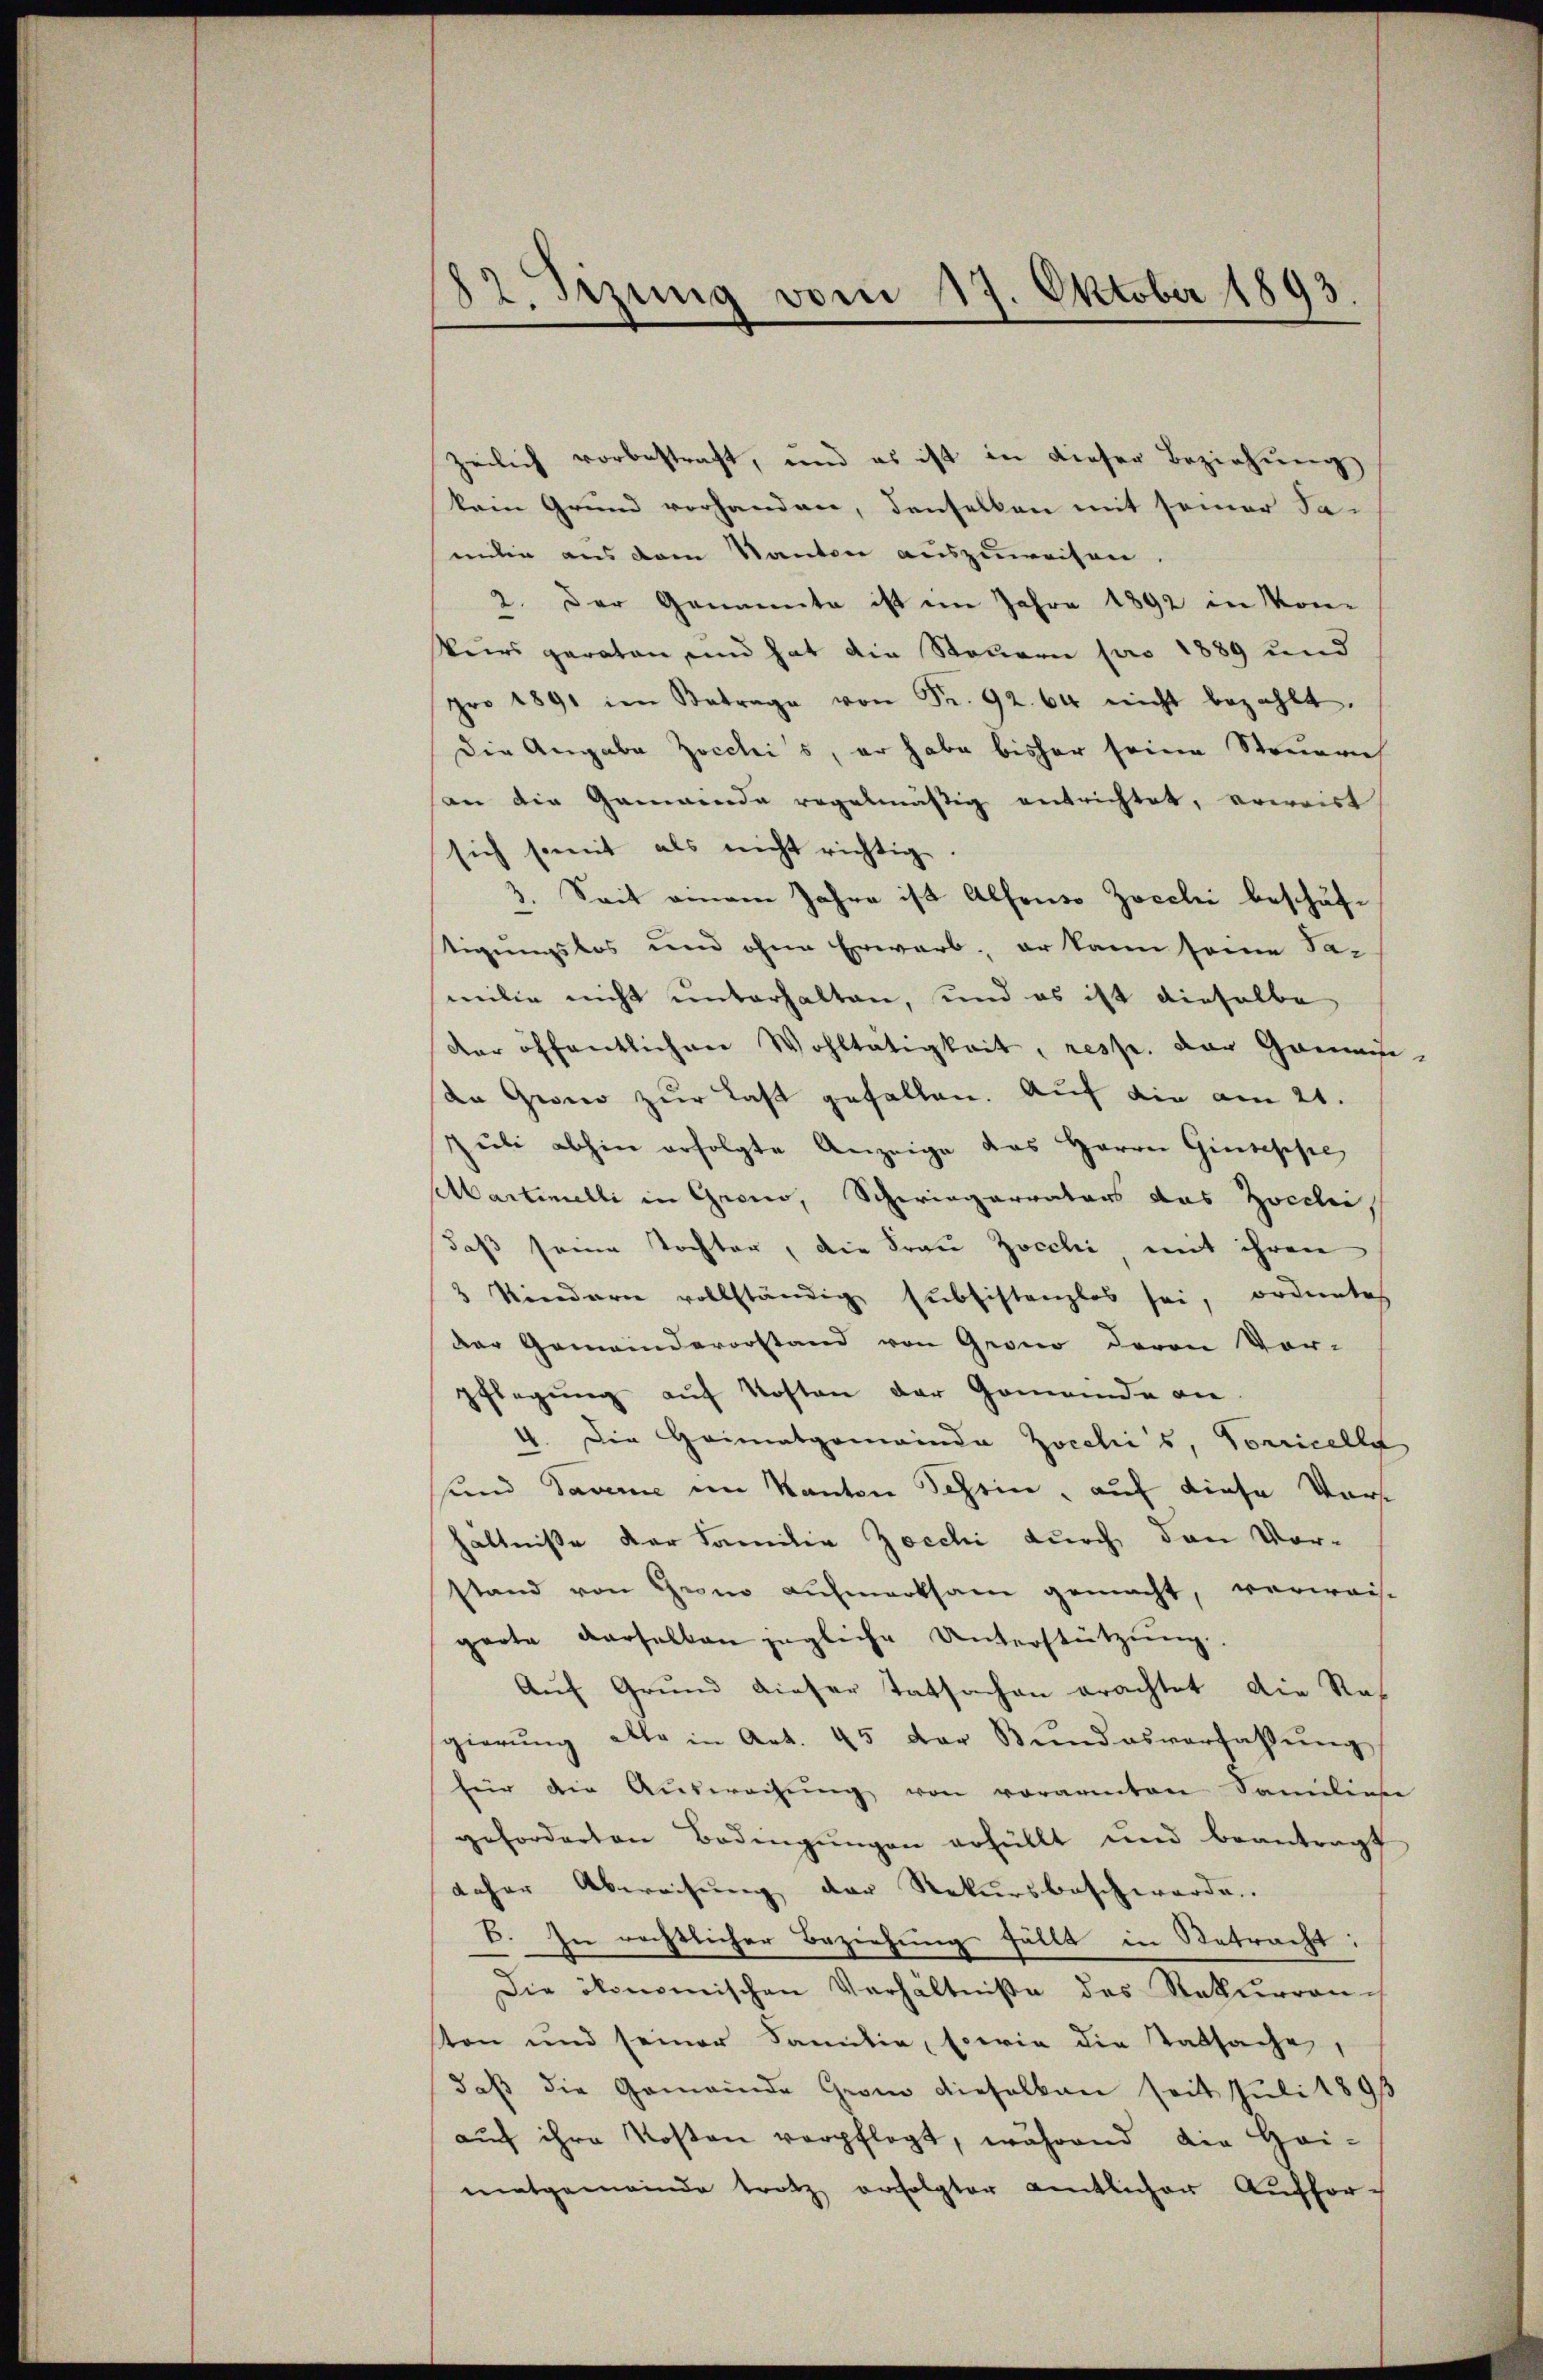
82. Sizung vom 17. Oktober 1893.

zeilich vorbestraft, und es ist in dieser Beziehung
kein Grund vorhanden, denselben mit seiner Fa-
milie aus dem Kanton auszuweisen.
2. Der Genannte ist im Jahre 1892 in Kon-
Vurs geraten und hat die Steuern pro 1889 und
pro 1891 im Betrage von Fr. 92. 64 nicht bezahlt.
Die Angaba Zocchis, er habe bisher seine Steuernh
an die Gemeinde regelmäßig entrichtet, verrirt
sich somit als nicht richtig.
3. Seit einem Jahre ist Alfonso Zoecli beschäftigungskos und ohne Erwarb, er kann seine Sa-
milie nicht unterhalten, und es ist dieselbe
der öffentlichen Wohltätigkeit, resse. Der Gamani-
dn Gwero zur Last gefallen. Auf die am 21.
pŭli abhin erfolgte Anzeige des Herren Giuseppe
Martimelli in Grono, Schwiegervators das Zocilii,
daß seine Tochter, die Frau Zocchi, mit ihren
3 Kindern vollständig subsistanzlos sei, ordnetes
der Gemeindevorstand von Grono deren Vor-
pflegung auf Kosten der Gemeinde die
4. Die Heimatgemeinde Zocchi’s, Vorricelle
sund davone im Kanton Schein, auf diese Vorshältniße der Familie Zocchi durch den Vorstand von Grono aufmerksam gemacht, verweis-
garte derselben jegliche Unterstützung.
Auf Grund dieser Tatsachen erachtet die Res
sgierŭng alle in Art. 45 der Bŭndesverfassŭng
für die Aŭswachŭng von vorarmten Familiese
geforderten Bedingŭngen erfüllt und beantragt
daher Abweisung der Rekursbeschwerden
B. In rechtlicher Beziehung fällt in Retracht:
Die ökonomischen Verhältniße des Rekurrench
ten und seiner Familie, sowie die Tatsache,
daß die Gemeinde Grom dieselben seit Juli 189
auch ihre Kosten verpflegt, während die Hei-
matgemeinde trotz erfolgter amtlicher Auffor-